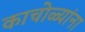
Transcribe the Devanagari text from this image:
काचोळ्यांना